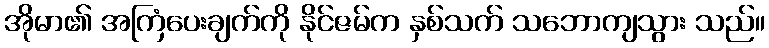
အိုမာ၏ အကြံပေးချက်ကို နိုင်ဇမ်က နှစ်သက် သဘောကျသွား သည်။